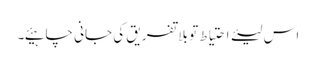
اس لیئے احتیاط تو بلا تفریق کی جانی چاہیئے۔